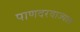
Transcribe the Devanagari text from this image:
पाणदरवाज्यात